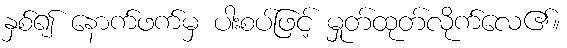
နှစ်၍ နောက်ဖက်မှ ပါးစပ်ဖြင့် မှုတ်ထုတ်လိုက်လေ၏။